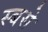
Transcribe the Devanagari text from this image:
स्बसे